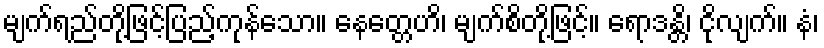
မျက်ရည်တို့ဖြင့်ပြည့်ကုန်သော။ နေတ္တေဟိ၊ မျက်စိတို့ဖြင့်။ ရောဒန္တိ၊ ငိုလျက်။ နံ၊